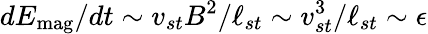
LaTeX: dE_{\mathrm{mag}}/dt\sim v_{st}B^{2}/\ell_{st}\sim v_{st}^{3}/\ell_{st}\sim\epsilon